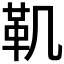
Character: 𩉜